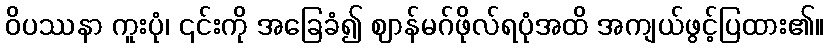
ဝိပဿနာ ကူးပုံ၊ ၎င်းကို အခြေခံ၍ ဈာန်မဂ်ဖိုလ်ရပုံအထိ အကျယ်ဖွင့်ပြထား၏။